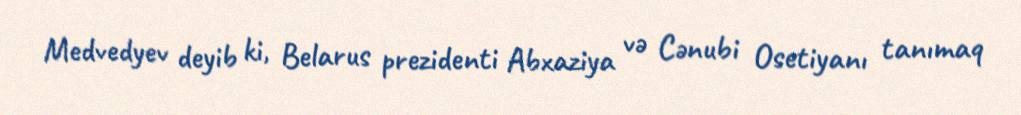
Medvedyev deyib ki, Belarus prezidenti Abxaziya və Cənubi Osetiyanı tanımaq